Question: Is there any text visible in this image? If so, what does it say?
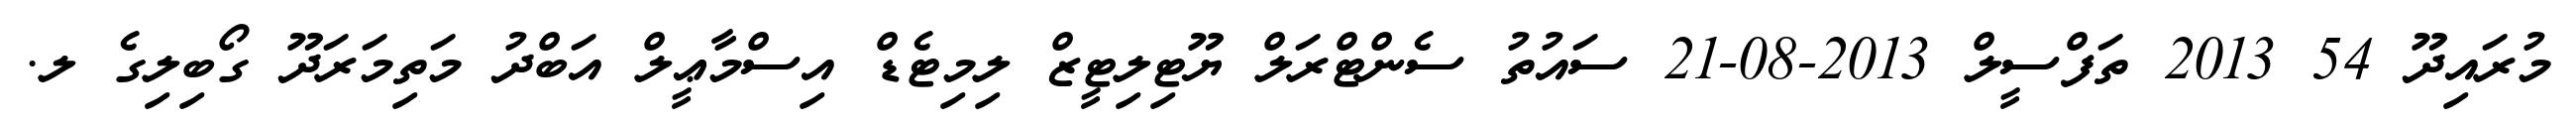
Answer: މުރައިދޫ 54 2013 ތަފްސީލް 2013-08-21 ސައުތު ސެންޓްރަލް ޔޫޓިލިޓީޒް ލިމިޓެޑް އިސްމާޢީލް އަބްދު މަތިމަރަދޫ ގޯބިލިގެ ލ.